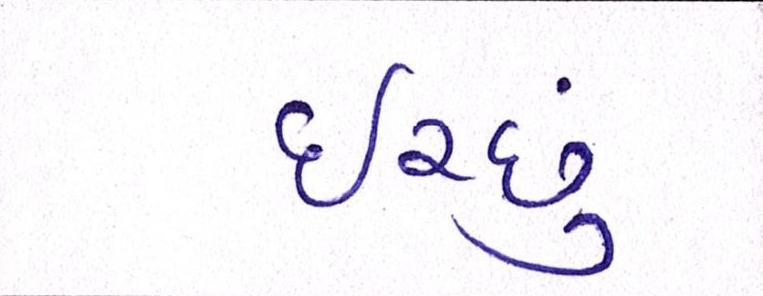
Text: ઈચ્છું